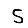
Digit: 5